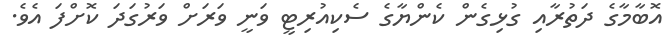
އޮބާމާގެ ދަތުރާއި ގުޅިގެން ކެންޔާގެ ސެކިއުރިޓީ ވަނީ ވަރަށް ވަރުގަދަ ކޮށްފަ އެވެ.